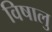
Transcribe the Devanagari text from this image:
विषालु